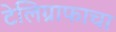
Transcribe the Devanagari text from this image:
टेलिग्राफाचा